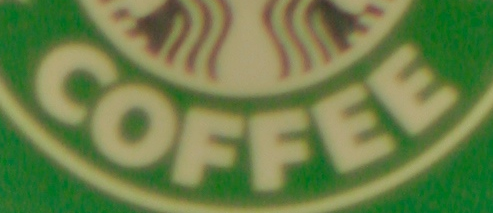
COFFEE